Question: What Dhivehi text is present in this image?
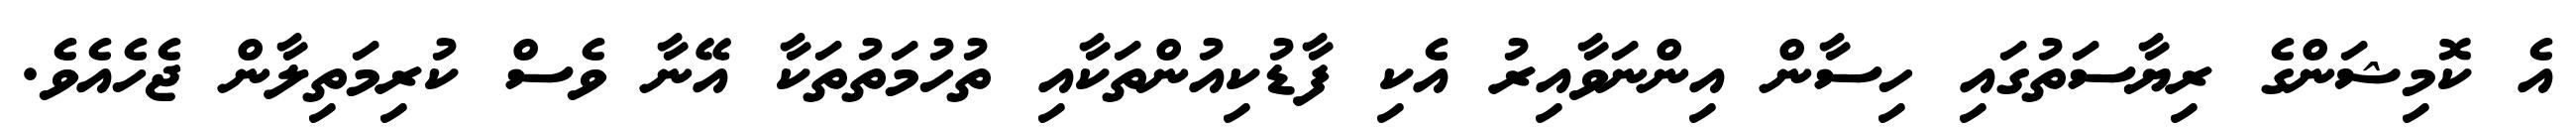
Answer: އެ ކޮމިޝަންގެ ރިޔާސަތުގައި ހިސާން އިންނަވާއިރު އެކި ފާޑުކިއުންތަކާއި ތުހުމަތުތަކާ އޭނާ ވެސް ކުރިމަތިލާން ޖެހެއެވެ.